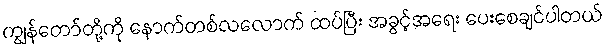
ကျွန်တော်တို့ကို နောက်တစ်လလောက် ထပ်ပြီး အခွင့်အရေး ပေးစေချင်ပါတယ်